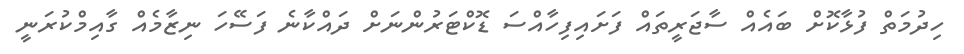
ހިދުމަތް ފުޅާކޮށް ބައެއް ސާޖަރީތައް ފަށައިފިހާއްސަ ޑޮކްޓަރުންނަށް ދައްކާނެ ފަސޭހަ ނިޒާމެއް ގާއިމްކުރަނީ